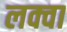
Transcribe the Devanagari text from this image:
लक्वा